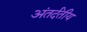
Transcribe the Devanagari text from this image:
अंतर्दंतीय